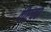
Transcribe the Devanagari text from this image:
वीएच०